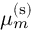
\mu _ { m } ^ { \mathrm { ( s ) } }